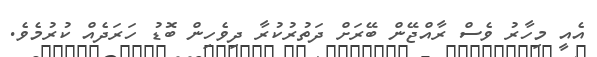
އެއީ މިހާރު ވެސް ރާއްޖޭން ބޭރަށް ދަތުރުކުރާ ދިވެހިން ބޮޑު ހަރަދެއް ކުރުމެވެ.